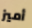
أميز